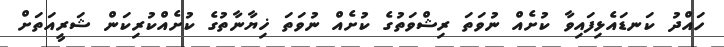
ހައްދު ކަނޑައެޅިފައިވާ ކުށެއް ނުވަތަ ރިޝްވަތުގެ ކުށެއް ނުވަތަ ޚިޔާނާތުގެ ކުށެއްކުރިކަން ޝަރީއަތަށް